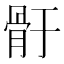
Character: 骬